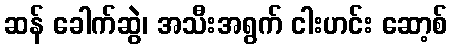
ဆန် ခေါက်ဆွဲ၊ အသီးအရွက် ငါးဟင်း ဆော့စ်